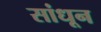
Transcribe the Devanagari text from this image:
सांधून